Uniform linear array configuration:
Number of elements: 4
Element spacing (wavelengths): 0.5
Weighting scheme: exponential
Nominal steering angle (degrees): -30
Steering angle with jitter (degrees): -28.693
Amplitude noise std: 0.05
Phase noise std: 0.05

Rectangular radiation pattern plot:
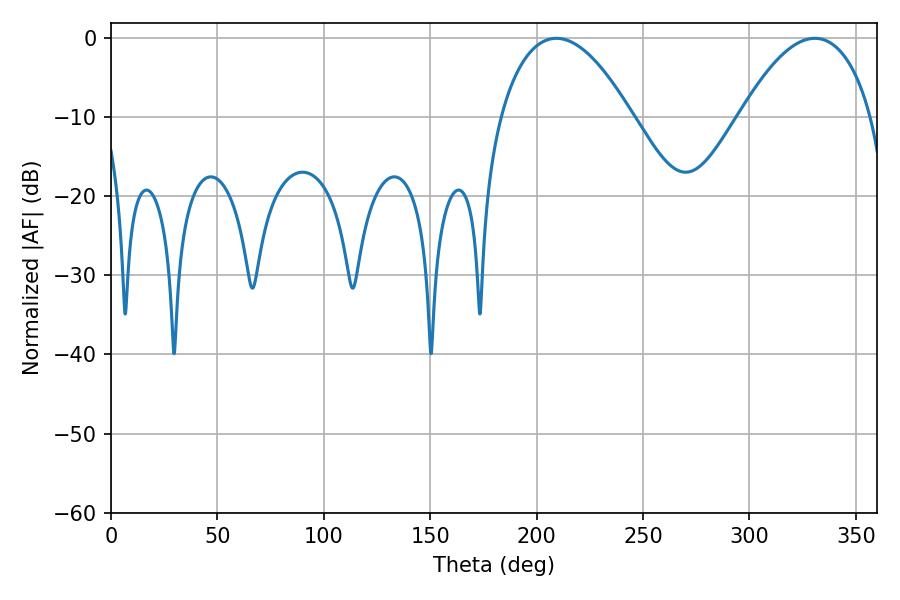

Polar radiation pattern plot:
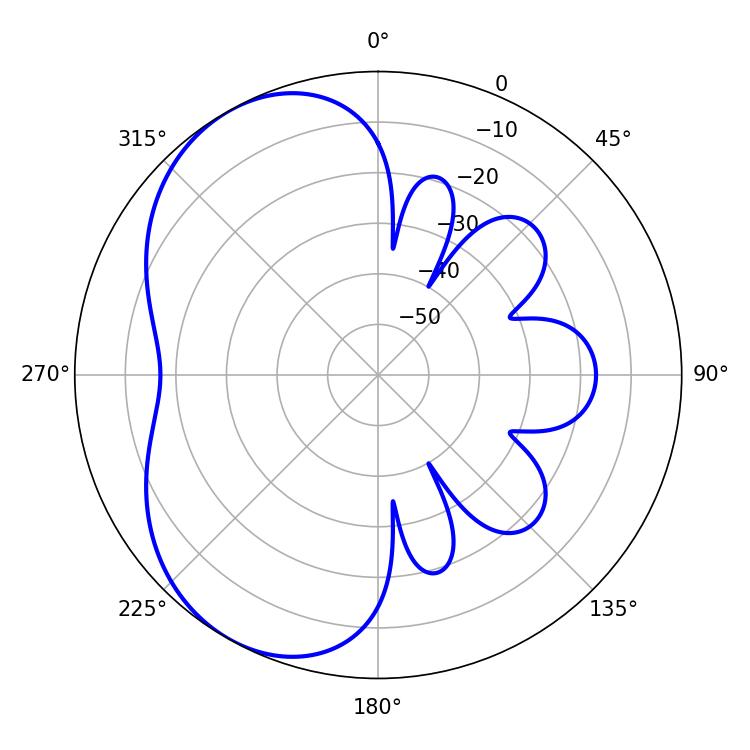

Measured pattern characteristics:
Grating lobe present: FALSE
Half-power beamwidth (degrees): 34.2
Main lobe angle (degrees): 330.66